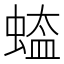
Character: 𮔡